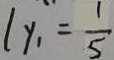
l y _ { 1 } = \frac { 1 } { 5 }